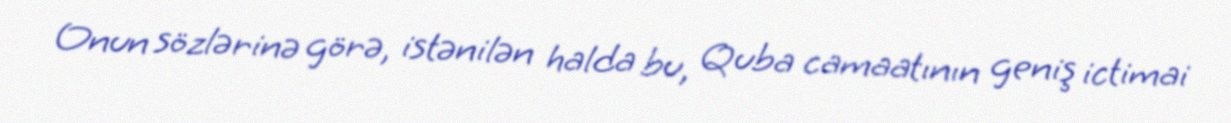
Onun sözlərinə görə, istənilən halda bu, Quba camaatının geniş ictimai